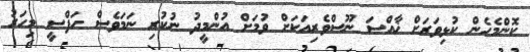
ކޮންމެހެން ކުޅިވަރަށް ޚާއްސަ ނޫސްވެރިއަކަށް ވުމަށް އުންމީދު ނުކުރި ނަމަވެސް ހަފްސީ މިހަރު